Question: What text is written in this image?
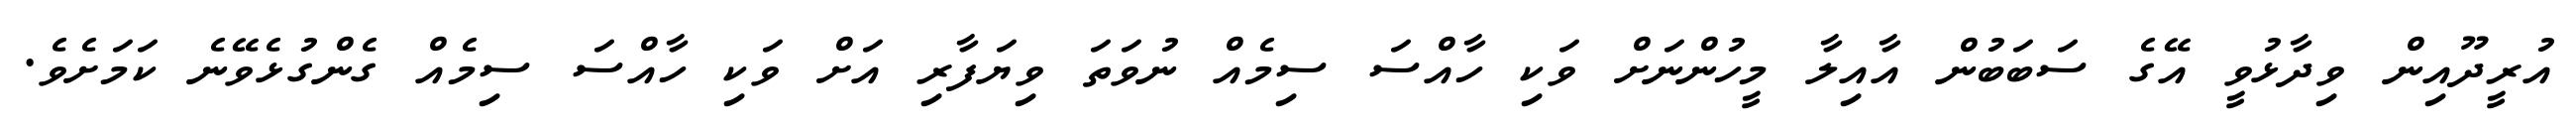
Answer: އުރީދޫއިން ވިދާޅުވީ އޭގެ ސަބަބުން އާއިލާ މީހުންނަށް ވަކި ހާއްސަ ސިމެއް ނުވަތަ ވިޔަފާރި އަށް ވަކި ހާއްސަ ސިމެއް ގެންގުޅެވޭނެ ކަމަށެވެ.